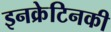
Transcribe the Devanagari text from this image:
इनक्रेटिनकी